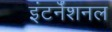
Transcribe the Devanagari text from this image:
इंटर्नॅशनल